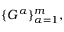
\{ G ^ { \alpha } \} _ { \alpha = 1 } ^ { m } ,